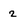
Character: 2